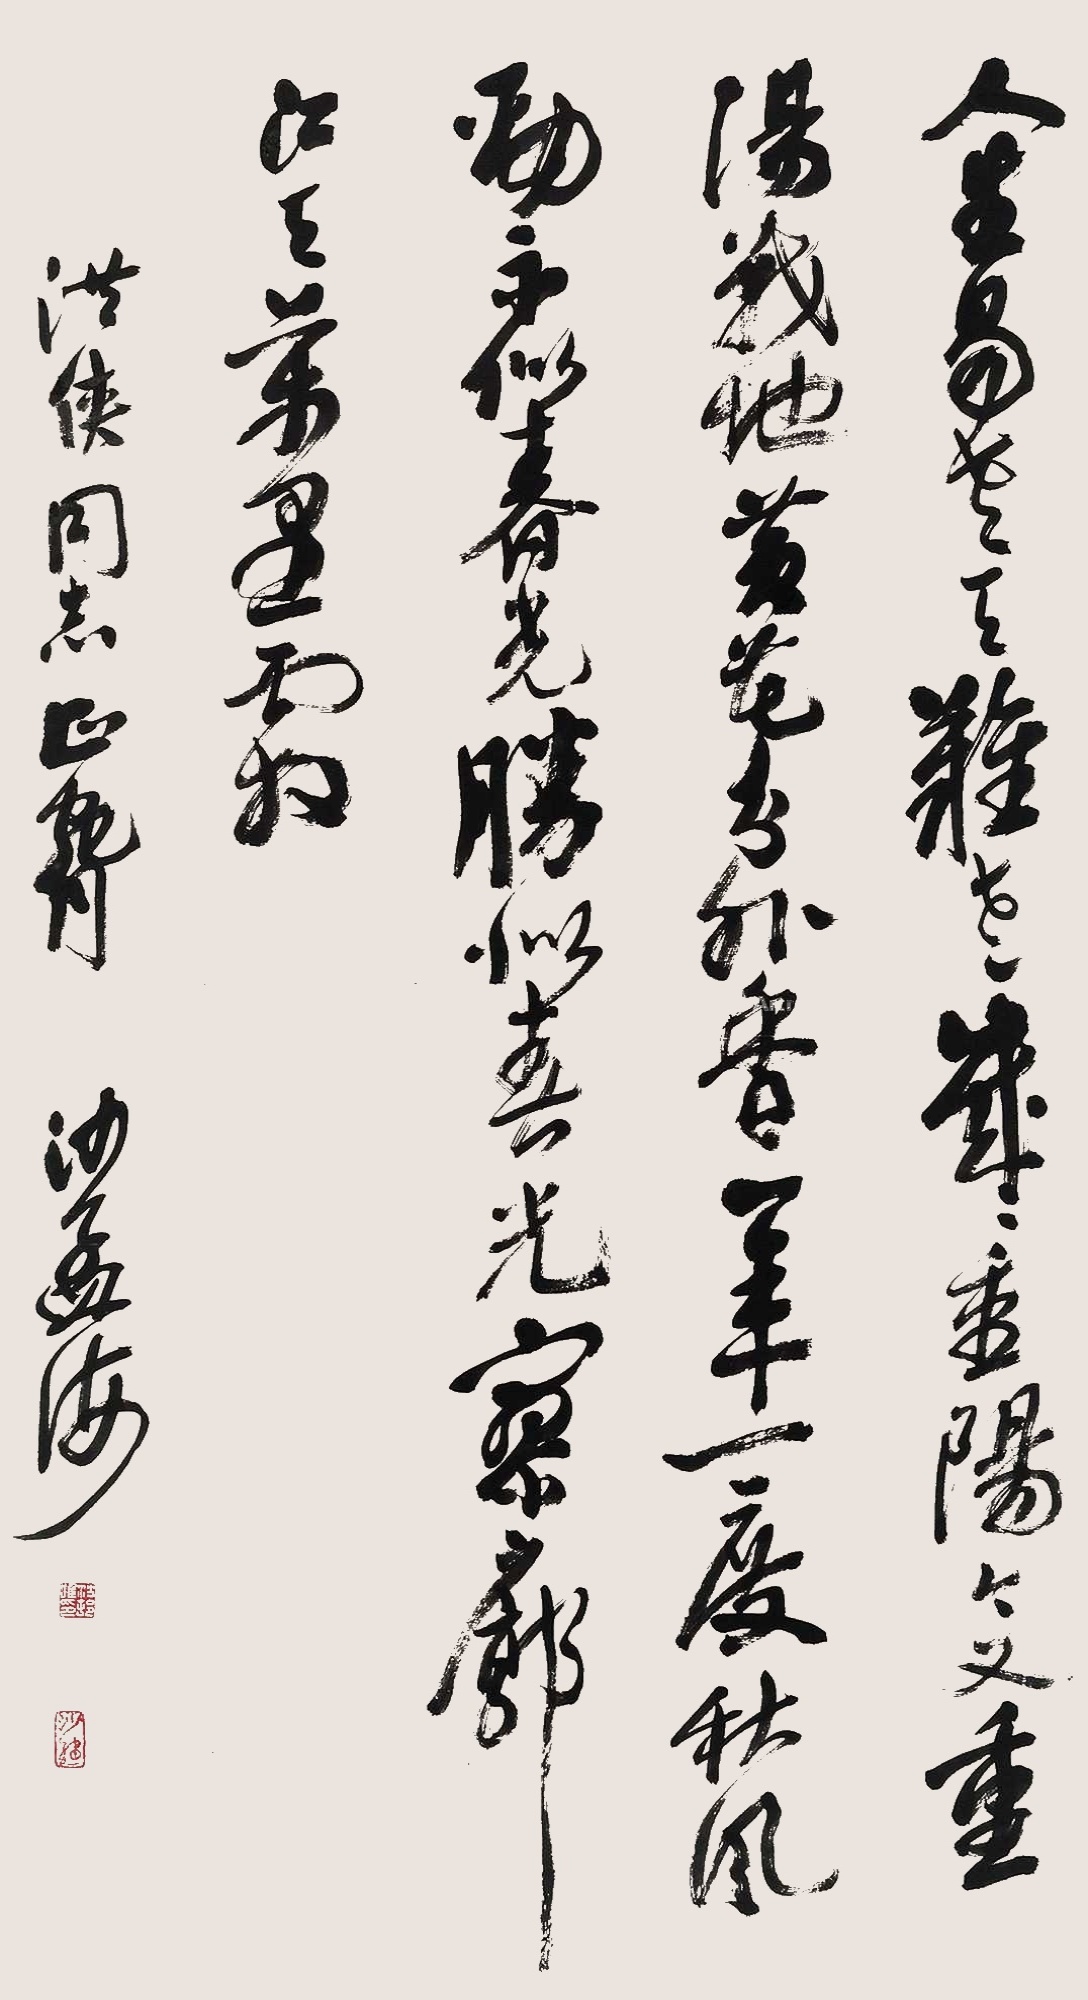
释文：人生易老天难老，岁岁重阳。今又重阳，战地黄花分外香。一年一度秋风劲，不似春光。胜似春光，廖廓江天万里霜。洪侠同志正腕，沙孟海。